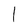
Character: l